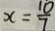
x = \frac { 1 0 } { 7 }